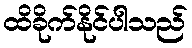
ထိခိုက်နိုင်ပါသည်